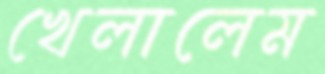
খেলালেম